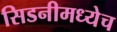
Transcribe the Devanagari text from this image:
सिडनीमध्येच